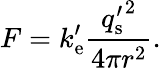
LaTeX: F=k_{\mathrm{e}}^{\prime}{\frac{{q_{\mathrm{s}}^{\prime}}^{2}}{4\pi r^{2}}}.